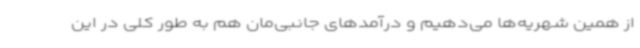
از همین شهریه‌ها می‌دهیم و درآمدهای جانبی‌مان هم به طور کلی در این